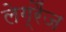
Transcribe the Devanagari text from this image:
लेग्रैंज